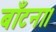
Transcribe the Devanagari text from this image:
बाँटना।